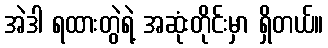
အဲဒါ ရထားတွဲရဲ့ အဆုံးတိုင်းမှာ ရှိတယ်။